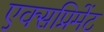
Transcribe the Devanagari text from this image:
एक्सप्रिमेंट